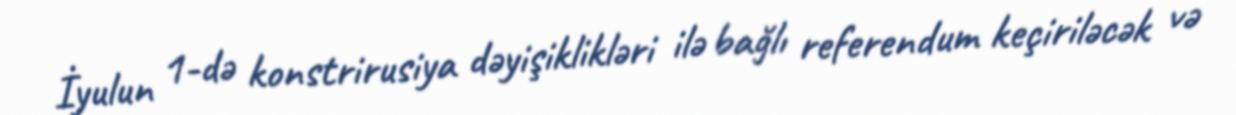
İyulun 1-də konstrirusiya dəyişiklikləri ilə bağlı referendum keçiriləcək və